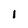
Character: 1